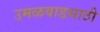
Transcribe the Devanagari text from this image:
उमळवाडसाठी